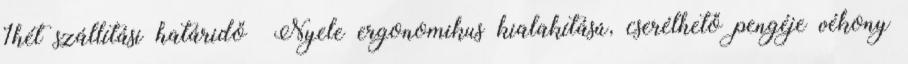
1hét szállítási határidő Nyele ergonomikus kialakítású, cserélhető pengéje vékony